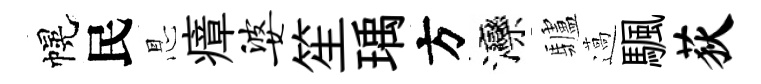
幌民㤙瘴婆笙瑀方灤驢薖颿荻